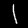
Label: 1